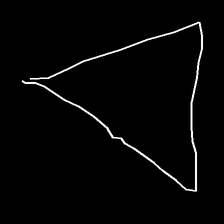
Glyph: convergence